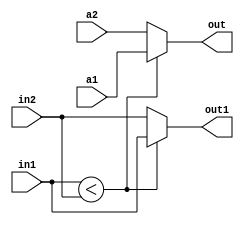
`timescale 1ns / 1ps
//////////////////////////////////////////////////////////////////////////////////
// Company: 
// Engineer: 
// 
// Design Name: 
// Module Name: compare_counts
// Project Name: 
// Target Devices: 
// Tool Versions: 
// Description: 
// 
// Dependencies: 
// 
// Revision:
// Revision 0.01 - File Created
// Additional Comments:
// 
//////////////////////////////////////////////////////////////////////////////////


module compare_counts(in1,in2,a1,a2,out,out1

    );
    parameter INPUT_LENGTH=6;
    parameter OUTPUT_SIZE=6;
    input[INPUT_LENGTH-1:0] in1;
    input[INPUT_LENGTH-1:0] in2;
    input[OUTPUT_SIZE-1:0] a1;
    input[OUTPUT_SIZE-1:0] a2;
    output reg[OUTPUT_SIZE-1:0] out;
    output reg[INPUT_LENGTH-1:0] out1;
    always@(*)
    begin
        if(in1<in2)
        begin
            out=a1;
            out1=in1;
        end
        else
        begin
            out=a2;
            out1=in2;
        end
    end
endmodule